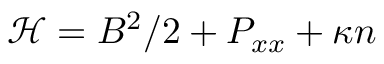
{ \mathcal { H } } = B ^ { 2 } / 2 + P _ { x x } + \kappa n